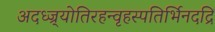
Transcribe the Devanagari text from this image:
अदध्ज्र्योतिरहन्वृहस्पतिर्भिनदद्रिं